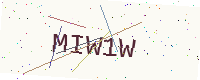
Text: MIW1W